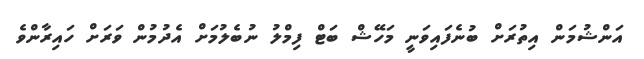
އަންޝުމަން އިތުރަށް ބުނެފައިވަނީ މަހޭޝް ބަޓް ފިމްލު ނުބެލުމަށް އެދުމުން ވަރަށް ހައިރާންވެ